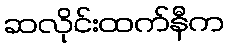
ဆလိုင်းထက်နီက